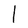
Character: I